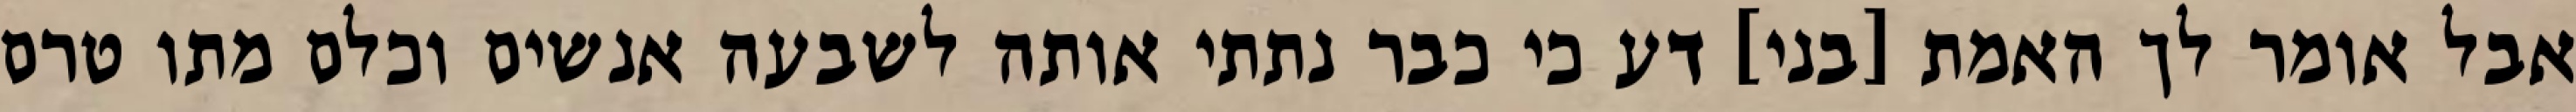
אבל אומר לך האמת [בני] דע כי כבר נתתי אותה לשבעה אנשים וכלם מתו טרם